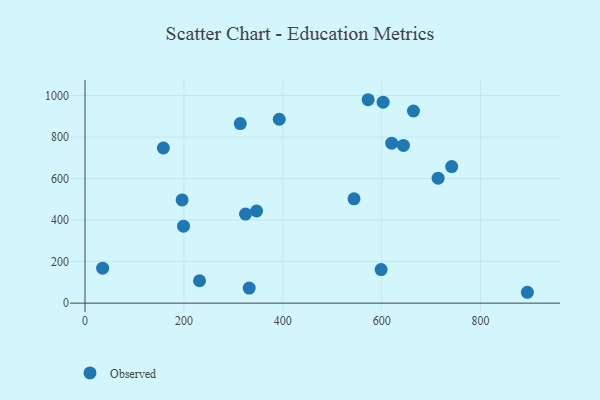
{"axis": {"x": "Experience", "y": "Rating"}, "legend": ["Observed"], "data": [{"x": "602.9", "y": 968.2, "type": "Observed"}, {"x": "332.0", "y": 72.4, "type": "Observed"}, {"x": "572.5", "y": 980.0, "type": "Observed"}, {"x": "598.8", "y": 161.8, "type": "Observed"}, {"x": "620.2", "y": 770.6, "type": "Observed"}, {"x": "324.6", "y": 428.9, "type": "Observed"}, {"x": "392.8", "y": 886.0, "type": "Observed"}, {"x": "199.2", "y": 370.9, "type": "Observed"}, {"x": "35.6", "y": 168.5, "type": "Observed"}, {"x": "544.0", "y": 502.5, "type": "Observed"}, {"x": "158.4", "y": 747.5, "type": "Observed"}, {"x": "314.0", "y": 865.3, "type": "Observed"}, {"x": "347.0", "y": 443.9, "type": "Observed"}, {"x": "894.6", "y": 52.3, "type": "Observed"}, {"x": "231.6", "y": 107.8, "type": "Observed"}, {"x": "664.2", "y": 925.7, "type": "Observed"}, {"x": "643.9", "y": 759.9, "type": "Observed"}, {"x": "741.5", "y": 658.1, "type": "Observed"}, {"x": "196.3", "y": 497.4, "type": "Observed"}, {"x": "714.1", "y": 601.8, "type": "Observed"}]}